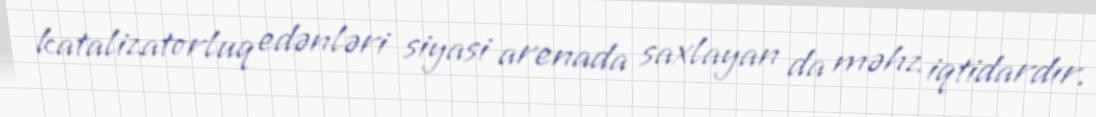
katalizatorluq edənləri siyasi arenada saxlayan da məhz iqtidardır.